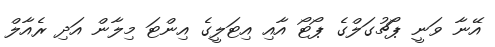
އޭނާ ވަނީ ޕޯޗުގަލްގެ ޕޯޓޯ އާއި އިޓަލީގެ އިންޓަ މިލާން އަދި ރެއާލް